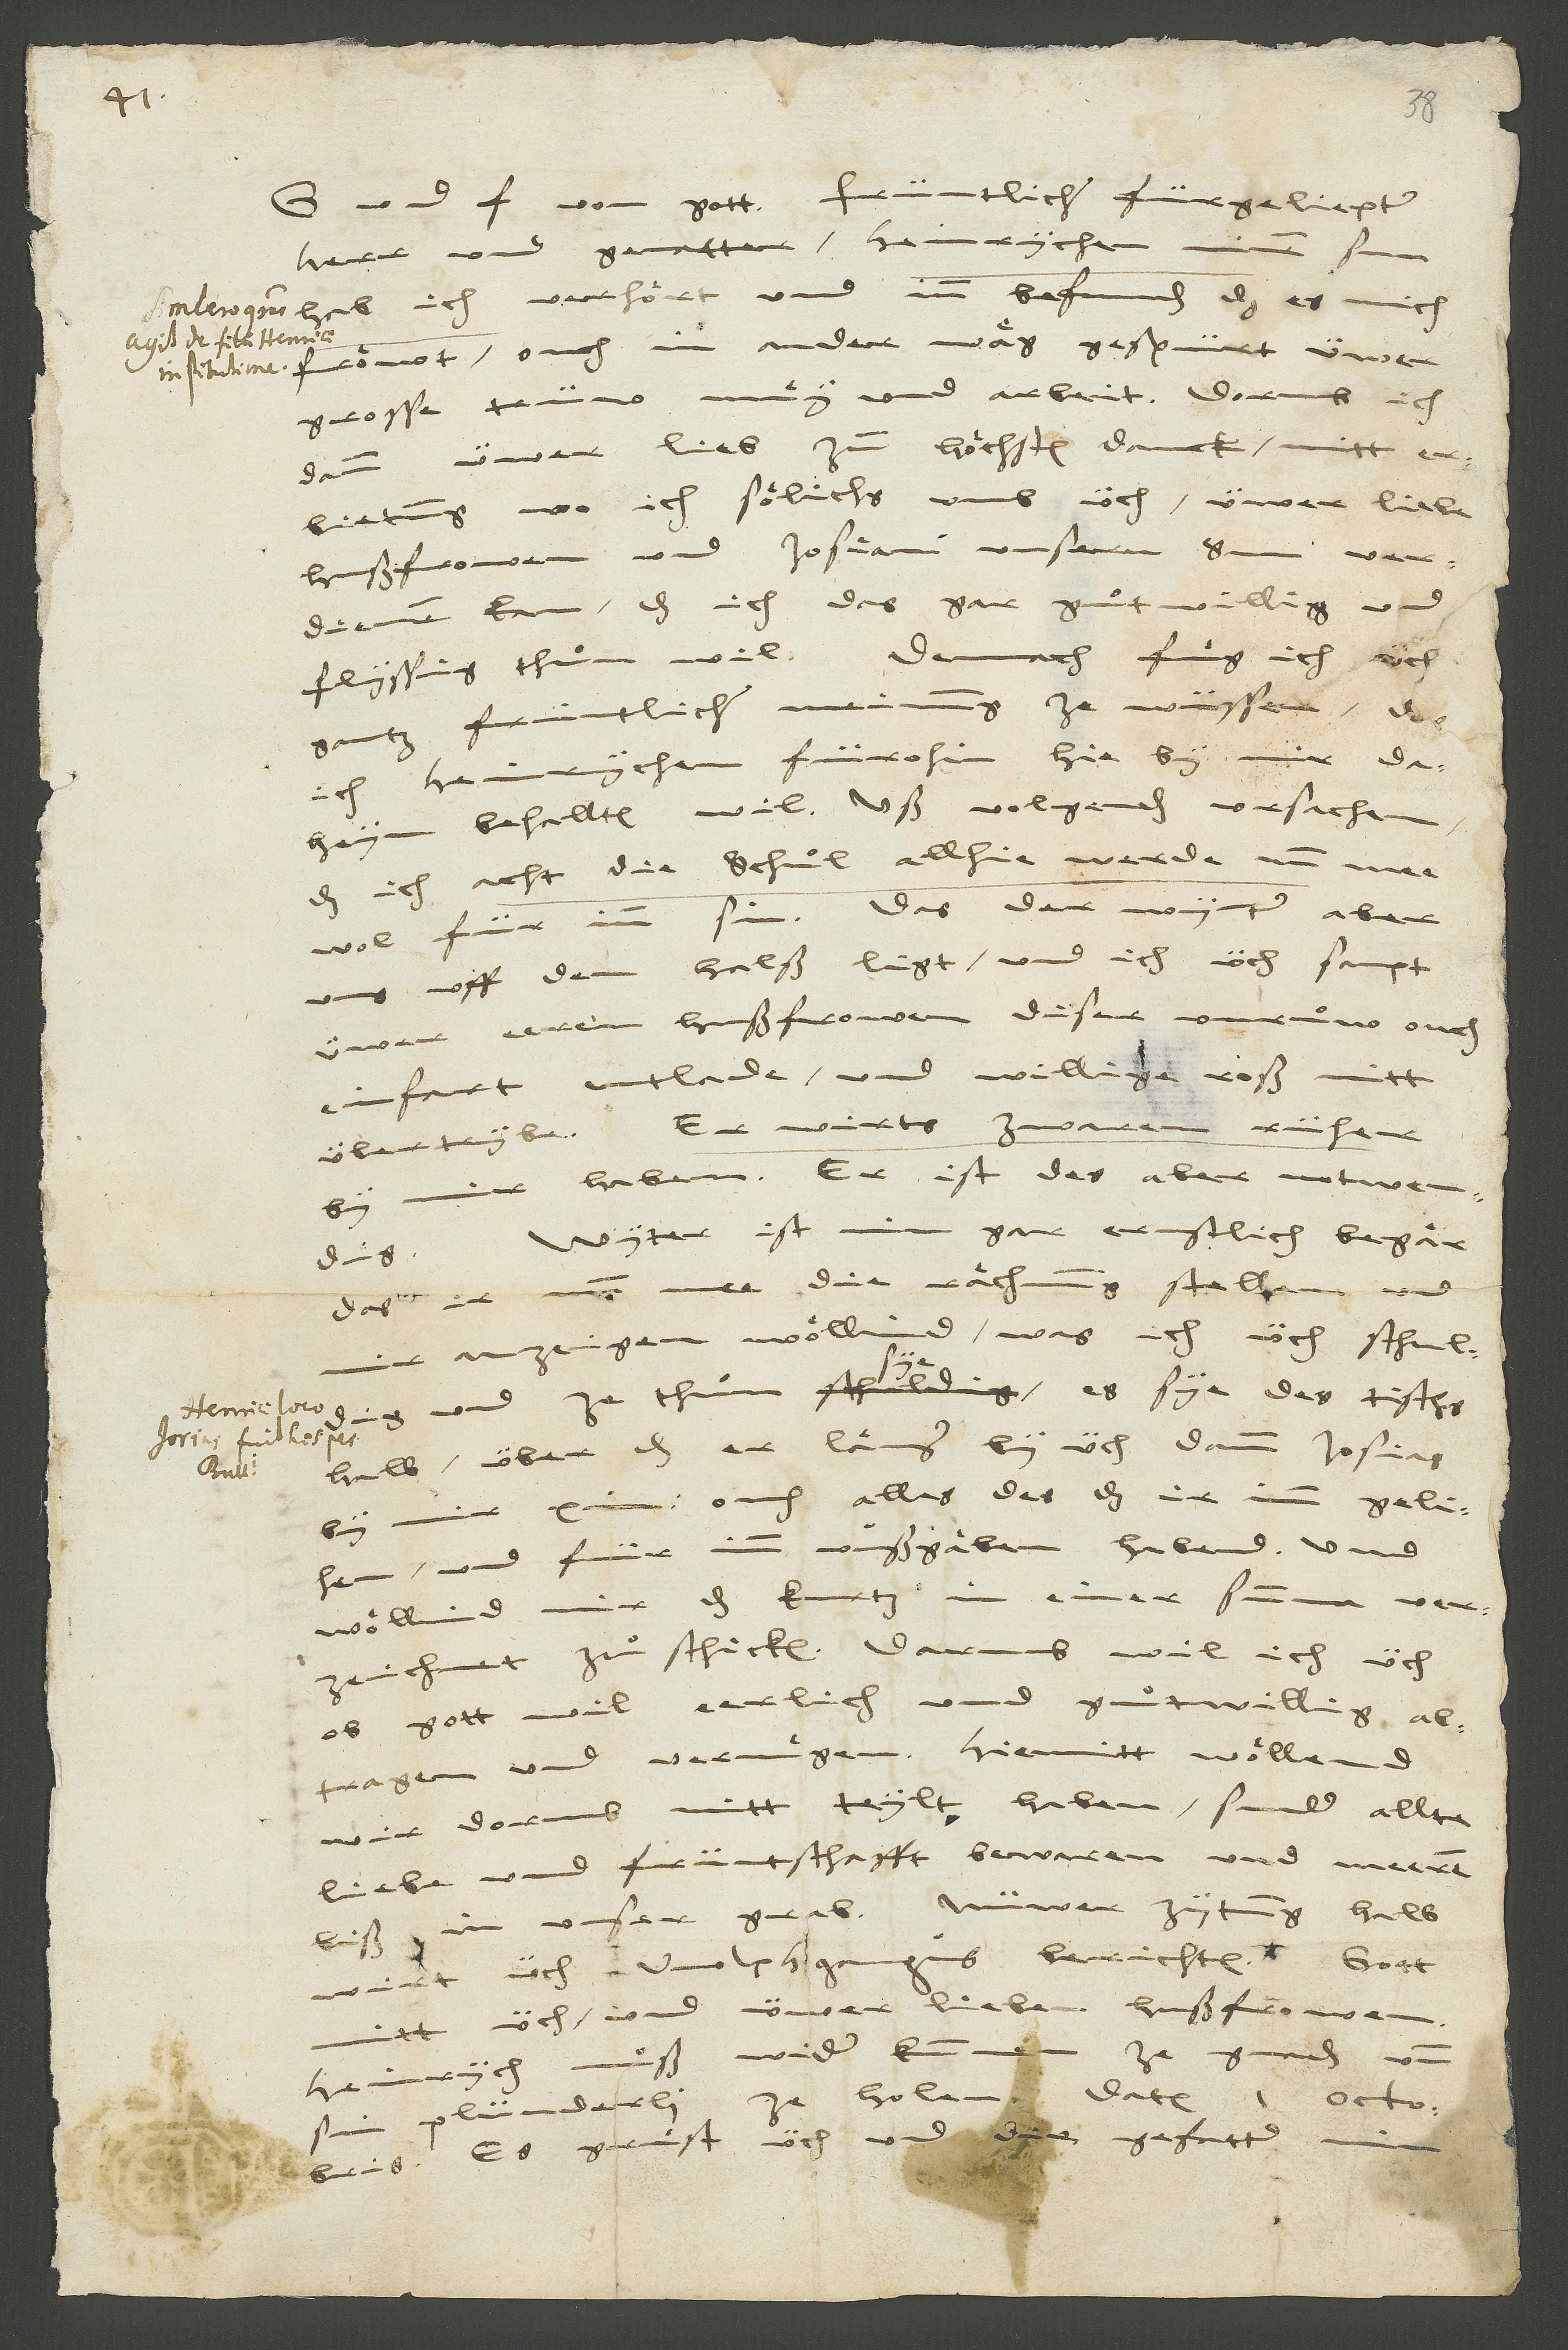
und frid von gott. Früntlicher, fürgeliepter
herr und gevatter, Heinrychen, minen sun,
hab ich verhoͤrt und inn befunden, das es mich
froͤwt, ouch in ander waͤg gespürt üwer
grosse trüw, muͤy und arbeit! Dorumb ich
dann üwer lieb zum hoͤchsten danck mitt
erbietung, wo ich soͤlichs umb üch, üwer liebe
hußfrowen und Josiam, unsern sun, verdienen
kan, das ich das gar guͦtwillig und
gantz früntlicher meinung ze wüssen, das
ich Heinrychen fürohin hie by mir daheym
behallten wil uß volgenden ursachen:
das ich acht, die schuͦl allhie werde nunmee
wol für inn sin; das der wynter aber
uns uff dem halß ligt und ich üch sampt
üwer eeren hußfrowen diser unruͦw ouch
einfart entlade, und willige roß nitt
übertrybe. Er wirts zwaren rüher
by mir haben; er ist des aber notwendig.
Wyter ist min gar ernstlich begaͤr,
das ir nunmee die raͤchnung stellen
mir anzeigen woͤllind, was ich üch schuldig
und ze thuͦn sye, es sye des tischs
halb, über das er laͤnger by üch dann Josias
by mir xin, ouch alles des, das ir imm gelihen
und für inn uußgaͤben habend. Und
woͤllind mir das kurtz in einer summa verzeichnet
zuͦschicken. Darumb wil ich üch,
ob gott wil, eerlich und guͦtwillig
abtragen und vernuͤgen. Hiemitt woͤllend
wir dorumb nitt teylt haben, sunder allte
liebe und früntschafft bewaren und meeren
wirt üch Wolphgangus berichten.
mitt üch und üwer lieben hußfrowen.
Heinrich muͦß wider kummen, ze gnaden und
octobris.
gefatter
Es gruͤst üch und